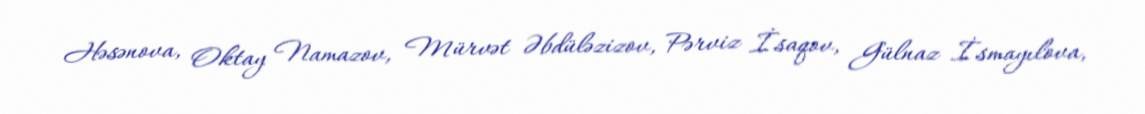
Həsənova, Oktay Namazov, Mürvət Əbdüləzizov, Pərviz İsaqov, Gülnaz İsmayılova,